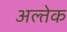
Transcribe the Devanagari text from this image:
अल्तेक